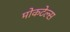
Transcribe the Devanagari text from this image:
मोकटेल्स